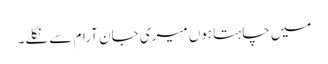
میں چاہتا ہوں میری جان آرام سے نکلے۔